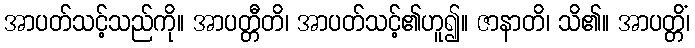
အာပတ်သင့်သည်ကို။ အာပတ္တီတိ၊ အာပတ်သင့်၏ဟူ၍။ ဇာနာတိ၊ သိ၏။ အာပတ္တိံ၊